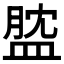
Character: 𥁺